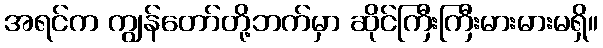
အရင်က ကျွန်တော်တို့ဘက်မှာ ဆိုင်ကြီးကြီးမားမားမရှိ။